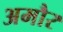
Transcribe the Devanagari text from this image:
अमौर